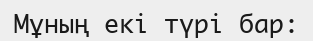
Мұның екі түрі бар: